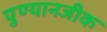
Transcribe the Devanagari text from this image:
पुण्यानजीक